Report of the Indian Hemp Drugs Commission, 1894-1895 - Volume I
Year: 1894
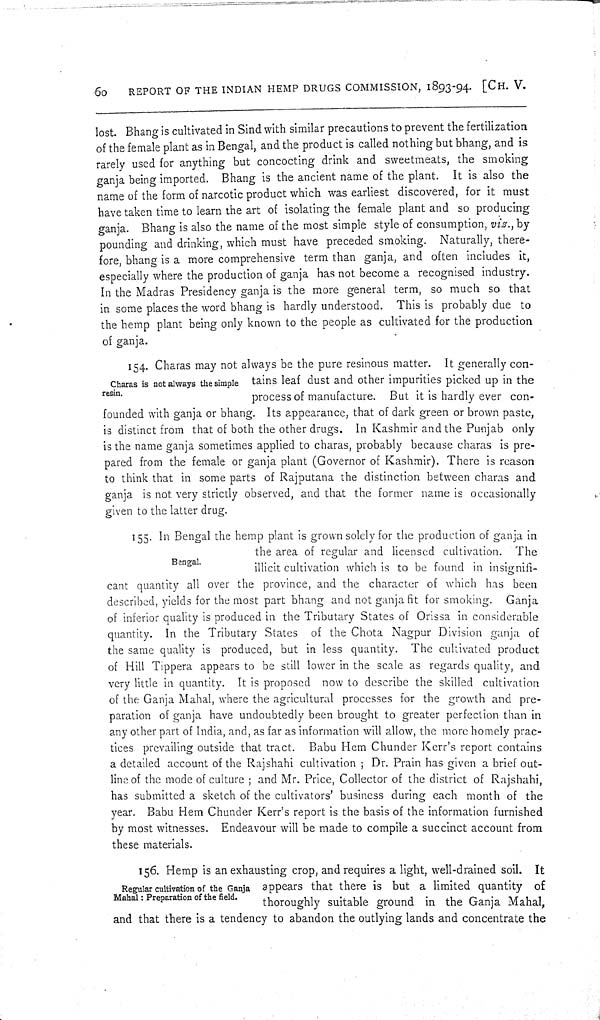
60
REPORT OF THE INDIAN HEMP DRUGS COMMISSION, 1893-94. [CH. V.
lost. Bhang is cultivated in Sind with similar precautions to prevent the fertilization
of the female plant as in Bengal, and the product is called nothing but bhang, and is
rarely used for anything but concocting drink and sweetmeats, the smoking
ganja being imported. Bhang is the ancient name of the plant. It is also the
name of the form of narcotic product which was earliest discovered, for it must
have taken time to learn the art of isolating the female plant and so producing
ganja. Bhang is also the name of the most simple style of consumption, viz., by
pounding and drinking, which must have preceded smoking. Naturally, there-
fore, bhang is a more comprehensive term than ganja, and often includes it,
especially where the production of ganja has not become a recognised industry.
In the Madras Presidency ganja is the more general term, so much so that
in some places the word bhang is hardly understood. This is probably due to
the hemp plant being only known to the people as cultivated for the production
of ganja.
Charas is not always the simple
resin.
154. Charas may not always be the pure resinous matter. It generally con-
tains leaf dust and other impurities picked up in the
process of manufacture. But it is hardly ever con-
founded with ganja or bhang. Its appearance, that of dark green or brown paste,
is distinct from that of both the other drugs. In Kashmir and the Punjab only
is the name ganja sometimes applied to charas, probably because charas is pre-
pared from the female or ganja plant (Governor of Kashmir). There is reason
to think that in some parts of Rajputana the distinction between charas and
ganja is not very strictly observed, and that the former name is occasionally
given to the latter drug.
Bengal.
155. In Bengal the hemp plant is grown solely for the production of ganja in
the area of regular and licensed cultivation. The
illicit cultivation which is to be found in insignifi-
cant quantity all over the province, and the character of which has been
described, yields for the most part bhang and not ganja fit for smoking. Ganja
of inferior quality is produced in the Tributary States of Orissa in considerable
quantity. In the Tributary States of the Chota Nagpur Division ganja of
the same quality is produced, but in less quantity. The cultivated product
of Hill Tippera appears to be still lower in the scale as regards quality, and
very little in quantity. It is proposed now to describe the skilled cultivation
of the Ganja Mahal, where the agricultural processes for the growth and pre-
paration of ganja have undoubtedly been brought to greater perfection than in
any other part of India, and, as far as information will allow, the more homely prac-
tices prevailing outside that tract. Babu Hem Chunder Kerr's report contains
a detailed account of the Rajshahi cultivation; Dr. Prain has given a brief out-
line of the mode of culture; and Mr. Price, Collector of the district of Rajshahi,
has submitted a sketch of the cultivators' business during each month of the
year. Babu Hem Chunder Kerr's report is the basis of the information furnished
by most witnesses. Endeavour will be made to compile a succinct account from
these materials.
Regular cultivation of the Ganja
Mahal: Preparation of the field.
156. Hemp is an exhausting crop, and requires a light, well-drained soil. It
appears that there is but a limited quantity of
thoroughly suitable ground in the Ganja Mahal,
and that there is a tendency to abandon the outlying lands and concentrate the